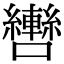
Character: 轡